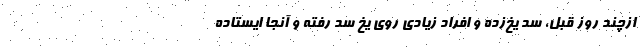
ازچند روز قبل، سد یخ‌زده و افراد زیادی روی یخ سد رفته و آنجا ایستاده